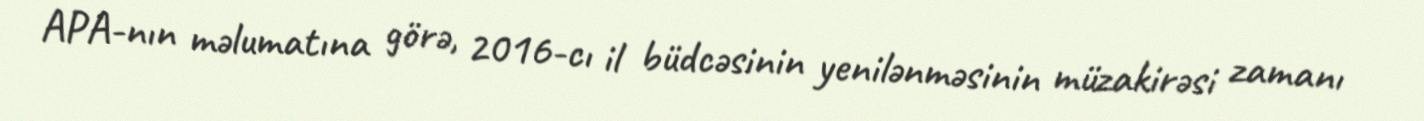
APA-nın məlumatına görə, 2016-cı il büdcəsinin yenilənməsinin müzakirəsi zamanı